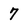
Character: 7